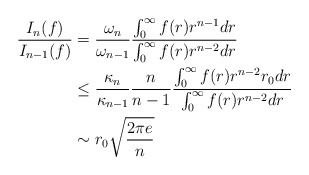
\begin{align*}\frac{I_n(f)}{I_{n-1}(f)} & =\frac{\omega_n}{\omega_{n-1}}\frac{\int_0^\infty f(r)r^{n-1}dr}{\int_0^\infty f(r)r^{n-2}dr}\\& \leq \frac{\kappa_n}{\kappa_{n-1}}\frac{n}{n-1}\frac{\int_0^\infty f(r)r^{n-2}r_0 dr}{\int_0^\infty f(r)r^{n-2}dr}\\& \sim r_0\sqrt{\frac{2\pi e}{n}} \end{align*}